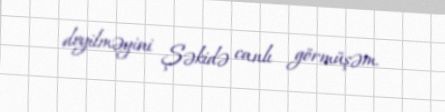
deyilməyini Şəkidə canlı görmüşəm.